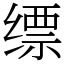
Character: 缥